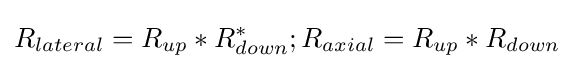
R_{lateral}=R_{up}*R_{down}^{*};R_{axial}=R_{up}*R_{down}